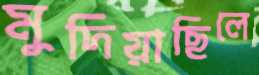
মুদিয়াছিলে